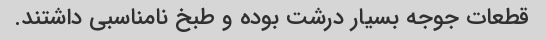
قطعات جوجه بسیار درشت بوده و طبخ نامناسبی داشتند.